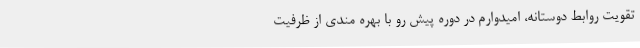
تقویت روابط دوستانه، امیدوارم در دوره پیش رو با بهره مندی از ظرفیت